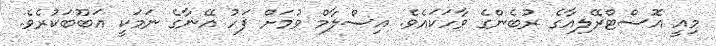
މިއީ އޮސްޓްރޭލިއާގެ ރުބެންގެ ވާހަކައެވެ. އިސްލާމް ވުމަށް ފަހު އޭނާގެ ނަމަކީ އަބޫބަކުރެވެ.